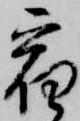
宿